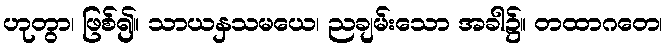
ဟုတွာ၊ ဖြစ်၍။ သာယနှသမယေ၊ ညချမ်းသော အခါ၌။ တထာဂတေ၊